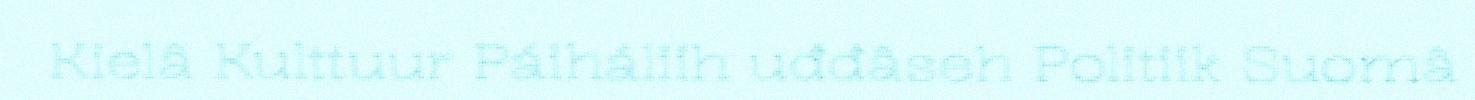
Kielâ Kulttuur Páiháliih uđđâseh Politiik Suomâ